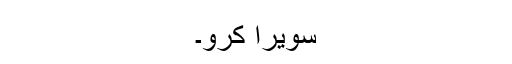
سویرا کرو۔